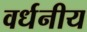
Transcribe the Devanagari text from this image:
वर्धनीय